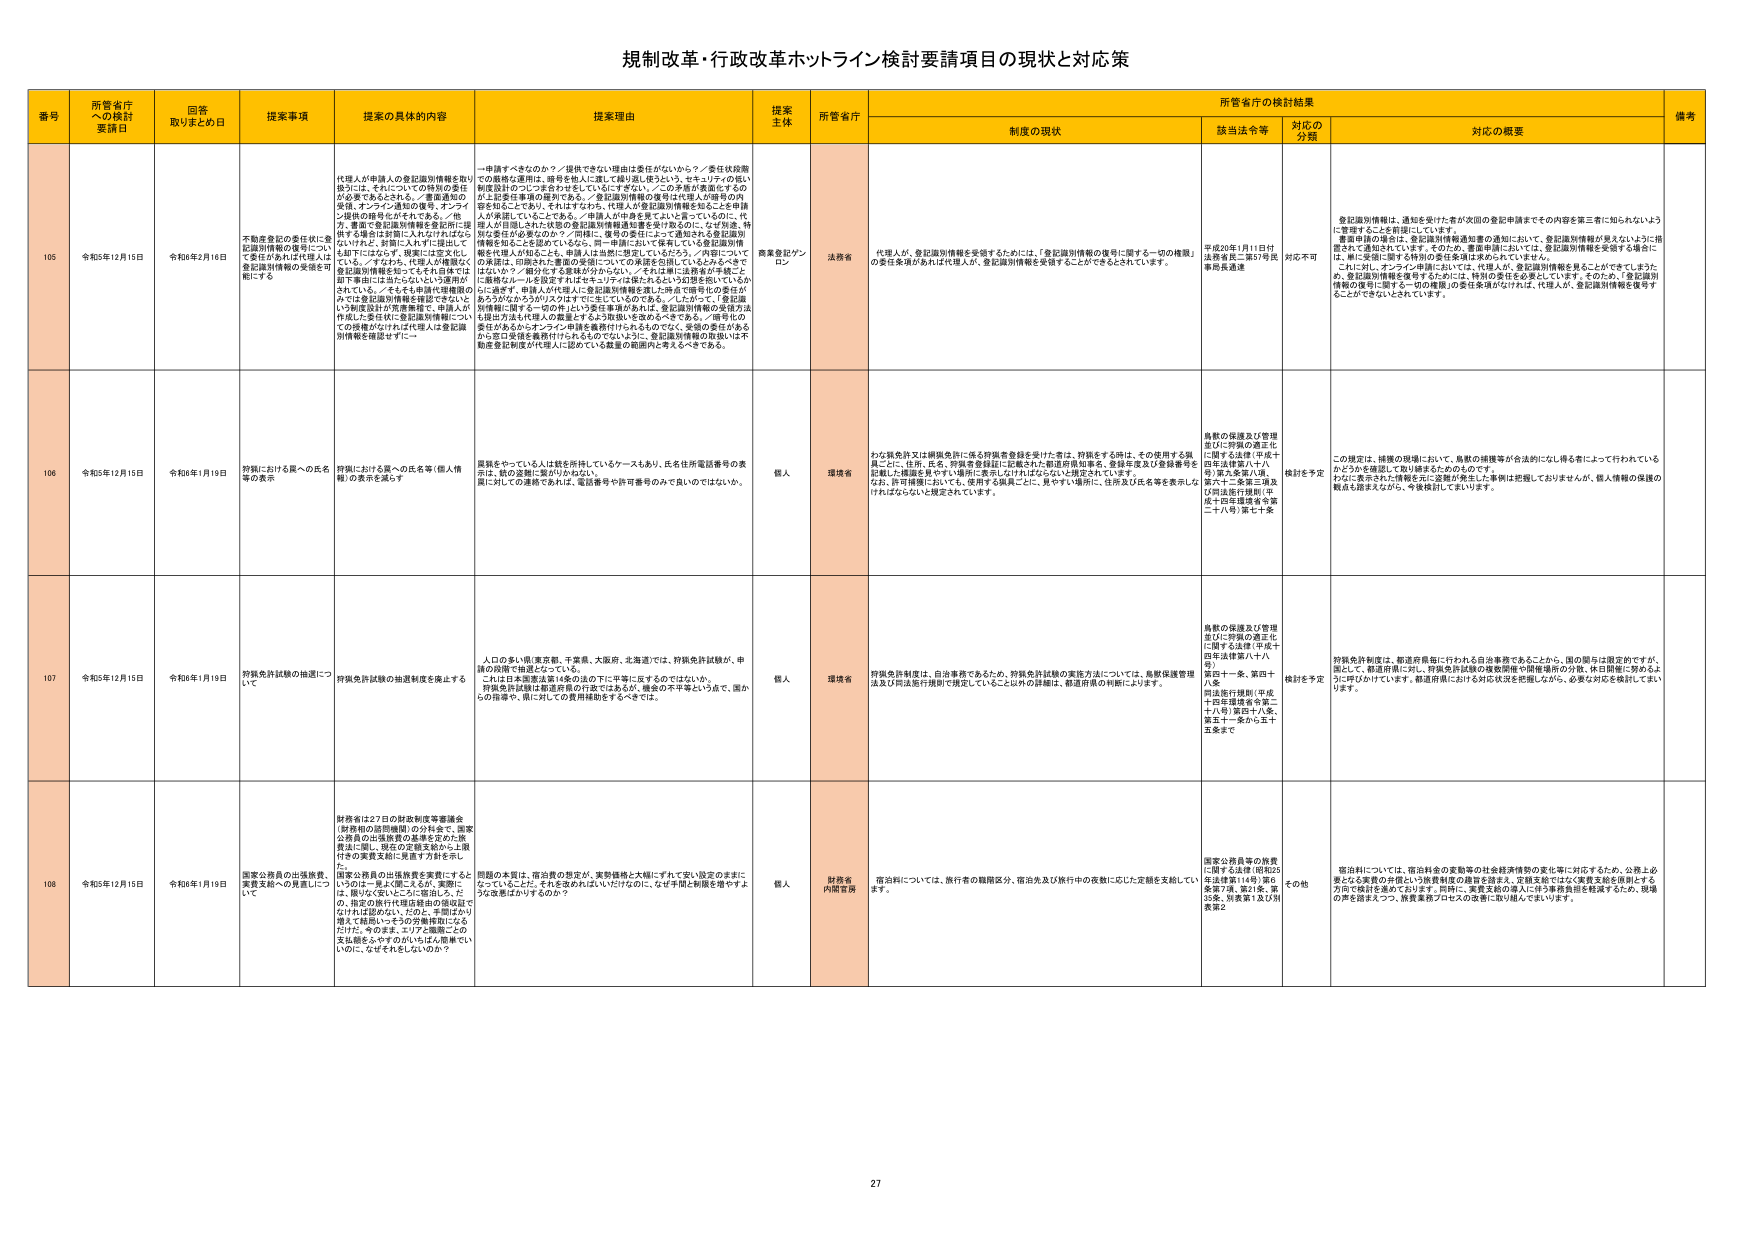
規制改革・行政改革ホットライン検討要請項目の現状と対応策

番号 所管省庁への検討要請日 回答取りまとめ日 提案事項 提案の具体的内容 提案理由 提案主体 所管省庁 所管省庁の検討結果 備考
制度の現状 該当法令等 対応の分類 対応の概要

105 令和5年12月15日 令和6年2月16日 不動産登記の委任後に登記識別情報の復帰について委任があれば代理人は登記識別情報の受領を可能にする 代理人が申請人の登記識別情報を借り使うには、それについての特別の委任が必要であるとされる。「重要通知の発送、オンライン通知の催告、オンライン提供の指示などがそれである。／他方、普通で登記識別情報を登記所に提供する場合は原則これだけれぱよいわけだが、対前に入社すれば提出して上げているから、代理人が情報なく登記識別情報を使ってもそれ自体には即手事故には当たらないという趣旨がされている。／そもそも申請代理機関の分では登記識別情報は管理されてないという前提設計が背景要因で、申請人が作成した委任状に登記識別情報についての掲載がなければ代理人は登記識別情報を確認せずに一人 一申請すべきなのか？／提供できない理由は委任がないか？／委任状宛書での厳格な適用は、番号を他人に渡して繰り返し使うという、セキュリティの低い制度設計のコントロールがされていないです。／この矛盾が実態にすぎず、たとえば委任事項の種別である、「登記識別情報の復号に代理人が番号の内訳を知ることであり、それはすなわち、代理人が登記識別情報を知ることを申請人が承認していることである。／申請人が中身を見てよいと思っているのに、代理人が自願された状態の登記識別情報通知書を受け取るのに、なぜ別途、特別な委任が必要なのか？／同様に、復号の委任によって通知される登記識別情報を知ることを認めているなら、同一申請ににおいて保有している登記識別情報を代理人が知ることは、申請人は当然に想定しているだろう。／内容についての承認は、印鑑された書面の受領についての承認を包括しているとみなすべきではないか？／実際にはする意味が分からない。／それは単に法務省が手続きにとる厳格なルールを設定すればセキュリティは保たれるという幻想を抱いているからに過ぎず、申請人が代理人に登記識別情報を渡した時点で暗号化の委任があるのだからカウリスではすでに生じているのである。／したがって、「登記識別情報に関する一切の件」という委任事項があれば、登記識別情報の受領方法も提出方法も代理人の職責とするよう規制を改めるべきである。／番号化の委任があるからオンライン申請を義務付けられるものでなく、受領の委任があるから登記受領を義務付けられるものでない。よって、登記識別情報の取得には不動産登記制度が代理人に認めている緊急の範囲内に考えるべきである。 商業登記グリーン 法務省 代理人が、登記識別情報を受領するためには、「登記識別情報の復号に関する一切の権限」の委任を申請があれば代理人が、登記識別情報を受領することができるとしています。 平成20年1月11日付法務省民二第57号民事部長通達 対応不可 登記識別情報は、通知を受けた者が次回の登記申請までの内容を第三者に知られないように管理することを前提にしています。 重要申請の場合は、登記識別情報通知書の通知において、登記識別情報が見えないように措置されて通知されています。そのため、書面申請においては、登記識別情報を受領する場合に、単に受領に関する特別の委任条項は求められていません。 これに対し、オンライン申請においては、代理人が、登記識別情報を見えることができるため、登記識別情報を復号するためには、特別の委任を必要としています。そのため、「登記識別情報の復号に関する一切の権限」の委任条項がなければ、代理人が、登記識別情報を復号することができないとされています。

106 令和5年12月15日 令和6年1月19日 投獄における異への氏名等の表示 投獄における異への氏名等（個人情報）の表示を減らす 異異をやっている人は館を所持しているケースもあり、氏名住所電話番号の表出は、個人の管理に繋がりかねない。 国に対しての連絡であれば、電話番号や住所番号のみで良いのではないか。 個人 環境省 わな異免許又は網異免許に係る許諾書登録を受けた者は、許諾をする時は、その使用する異異ごとに、住所、氏名、所属を登録記に記載された都道府県知事名、登録年度及び登録番号を記載した標識を車やい場所に表示しなければならないと規定されています。 なお、許可措置においては、使用する異異ごとに、見やすい場所に、住所及び氏名等を表示しなければならないと規定されています。 鳥獣の保護及び管理並びに狩猟の適正に関する法律（平成十四年法律第八十八号）第九条第八項、第十六条、第十四条及び同法施行規則（平成十四年環境省令第二十八号）第七十条 検討を予定 この規定は、措置の現場において、鳥獣の捕獲等が合法的にし得る者によって行われているかどうかを確認して取り締まるためのものです。 なお、表示された情報と共に、異異が発生した事例は把握しておりますが、個人情報の保護の観点も踏まえながら、今後検討してまいります。

107 令和5年12月15日 令和6年1月19日 狩猟免許試験の抽選について 狩猟免許試験の抽選制度を廃止する 人口の多い県（東京都、千葉県、大阪府、北海道）では、狩猟免許試験が、申請の段階で抽選となっている。 これは日本国憲法第14条の法の下に平等に反するのではないか。 狩猟免許試験は都道府県の行政ではあるが、機会の不平等という点で、国からの指導や、国に対しての費用補助をすべきでは。 個人 環境省 狩猟免許制度は、自治事務であるため、狩猟免許試験の実施方法については、鳥獣保護管理法及び同法施行規則で規定していること以外の詳細は、都道府県の判断によります。 鳥獣の保護及び管理並びに狩猟の適正に関する法律（平成十四年法律第八十八号） 第四十一条、第四十八条 同法施行規則（平成十四年環境省令第二十八号）第五十八条、第五十一条から五十五条まで 検討を予定 狩猟免許制度は、都道府県毎に行われる自治事務であることから、国の関与は限定的ですが、誠に、都道府県に対し、狩猟免許試験の複数開催や開催場所の分散、休日開催に努めるよう呼びかけています。都道府県における対応状況を把握しながら、必要な対応を検討してまいります。

108 令和5年12月15日 令和6年1月19日 国家公務員の出張旅費、実費支給への見直しについて 財務省は27日の財政制度等審議会（財務相の諮問機関）の分科会で、国家公務員の出張旅費の基準を定めた旅費法に従い、現在の定額支給から上限付きの実費支給に見直す方針を示した。 国家公務員の出張旅費を実費にすると いうのは一見よく聞こえるが、実際には、限りなく安いところに宿泊し、た の、旅費の旅行代理店委託の非対面でなければ認めない。ただし、手間ばかり増え（軽易）ってその手数料にさら だけだ。今だます。エリアごと幅広くこの支出額をふやすのではなくは上限までい いのに、なぜそれをしないのか？ 問題の本質は、宿泊費の設定が、実勢価格と大幅にずれていない設定のままになっていることだ。それを改めればいいだけなのに、なぜ手間と制限を増やすような改悪ばかりするのか？ 個人 財務省 内閣官房 宿泊料については、旅行者の職階区分、宿泊先及び旅行中の夜数に応じた定額を支給しています。 国家公務員等の旅費に関する法律（昭和25年法律第114号）第6条第7項、第21条、第35条、別表第1及び別表第2 その他 宿泊料については、宿泊料金の変動等の社会経済情勢の変化等に対応するため、公務上必要となる実費の弁償という旅費制度の趣旨を踏まえ、定期支給ではなく実費支給を原則とする方向で検討を進めております。同時に、実費支給の導入に伴う事務負担を軽減するため、現場の声を踏まえつつ、旅費業務プロセスの改善に取り組んでまいります。

27